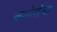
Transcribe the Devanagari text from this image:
कासेरांचा